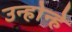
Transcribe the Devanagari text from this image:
उन्होन्हे